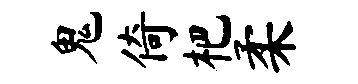
鬼倚杷柔